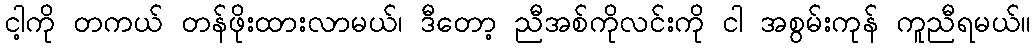
ငါ့ကို တကယ် တန်ဖိုးထားလာမယ်၊ ဒီတော့ ညီအစ်ကိုလင်းကို ငါ အစွမ်းကုန် ကူညီရမယ်။